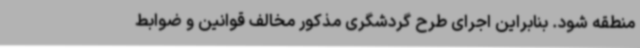
منطقه شود. بنابراین اجرای طرح گردشگری مذکور مخالف قوانین و ضوابط